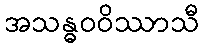
အသန္ဓဝဝိဿာသီ